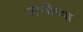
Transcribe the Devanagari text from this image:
जप्तीच्या